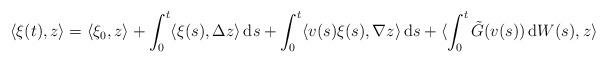
LaTeX: \begin{align*}\langle \xi(t),z \rangle =\langle \xi_0,z\rangle + \int_0^t \langle \xi(s),\Delta z \rangle\, {\rm d}s+\int_0^t \langle v(s)\xi(s) , \nabla z\rangle \, {\rm d}s+\langle\int_0^t \tilde G(v(s))\, {\rm d}W(s),z\rangle\end{align*}